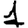
Digit: 1